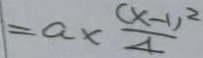
= a \times \frac { ( x - 1 ) ^ { 2 } } { 4 }